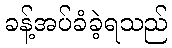
ခန့်အပ်ခံခဲ့ရသည်